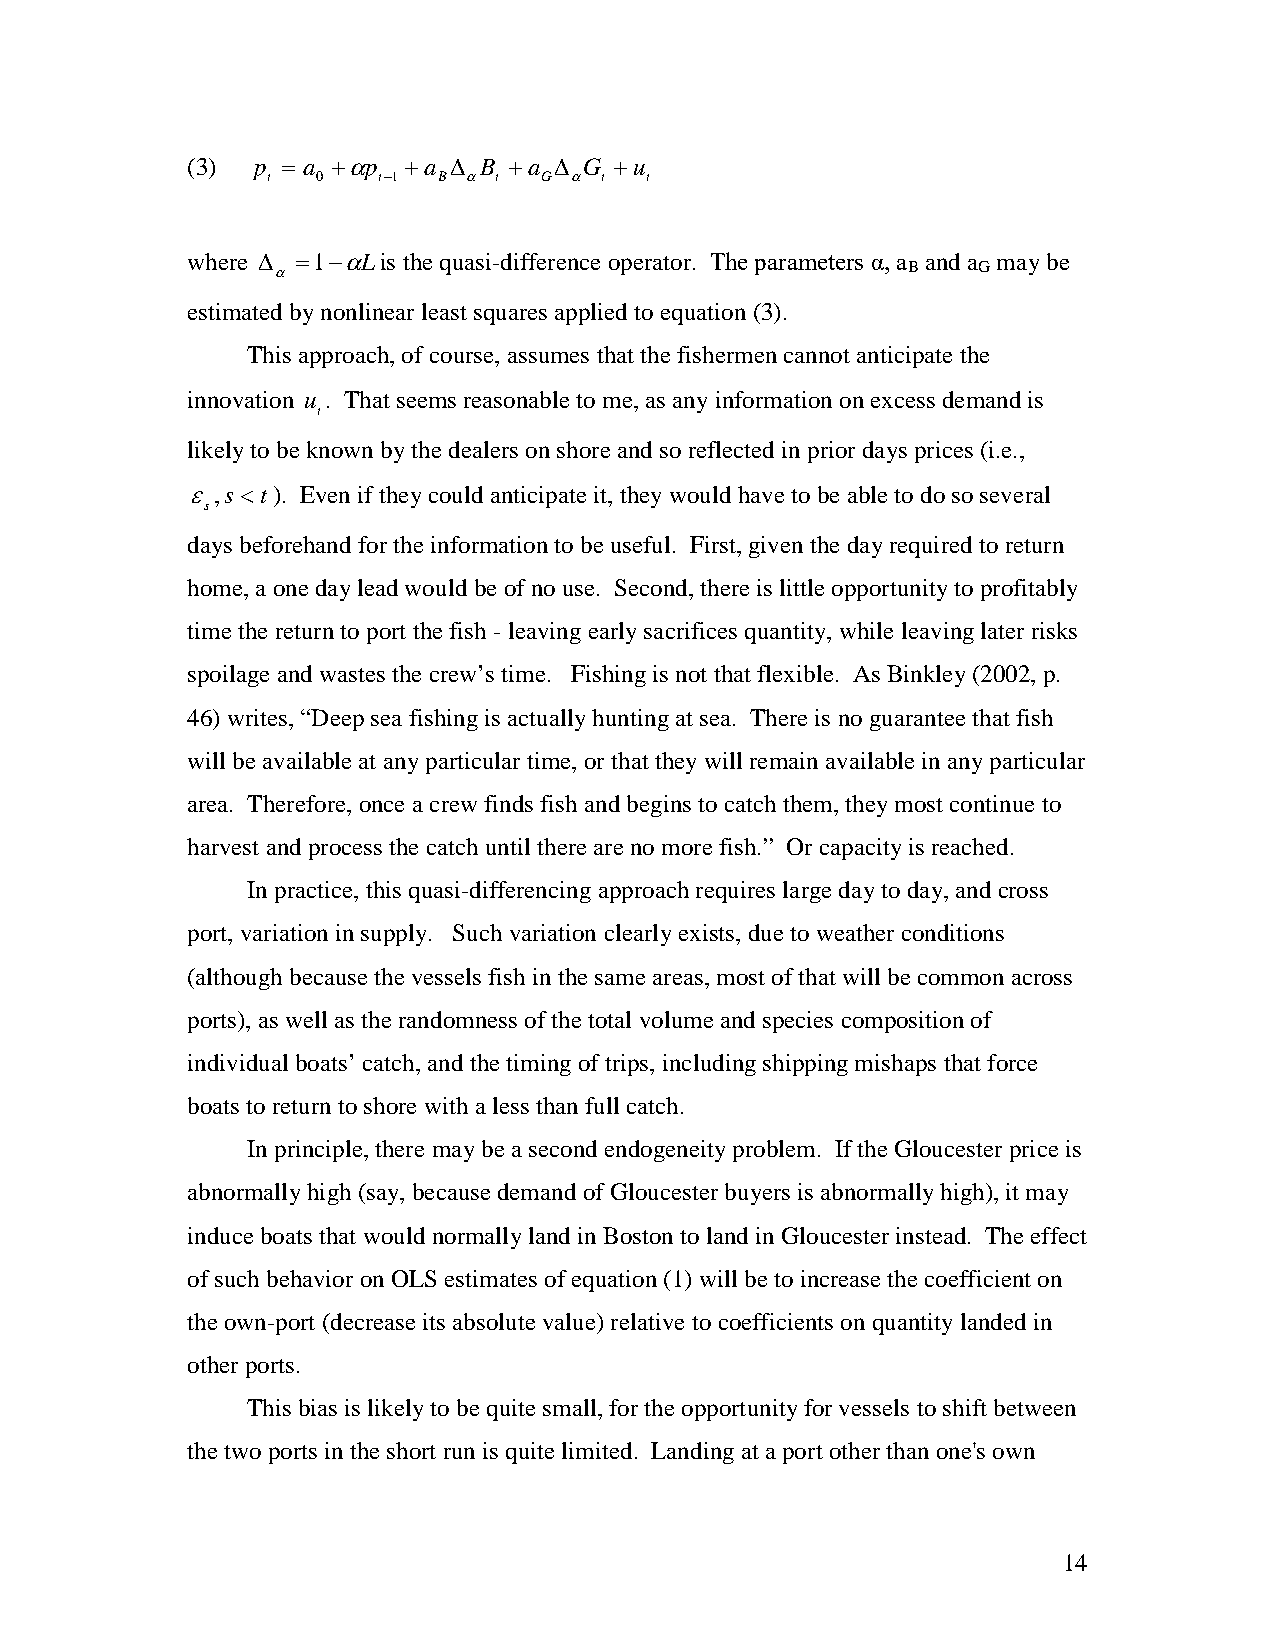
(3)  p = a +αp +a ∆ B +a ∆ G +u
 t  0   t−1 B α t  G α t  t
 where ∆ =1−αLis the quasi-difference operator. The parameters α, a and a may be
 α                                         B    G
 estimated by nonlinear least squares applied to equation (3).
 This approach, of course, assumes that the fishermen cannot anticipate the
 innovation u . That seems reasonable to me, as any information on excess demand is
 t
 likely to be known by the dealers on shore and so reflected in prior days prices (i.e.,
 ε ,s <t). Even if they could anticipate it, they would have to be able to do so several
 s
 days beforehand for the information to be useful. First, given the day required to return
 home, a one day lead would be of no use. Second, there is little opportunity to profitably
 time the return to port the fish - leaving early sacrifices quantity, while leaving later risks
 spoilage and wastes the crew’s time. Fishing is not that flexible. As Binkley (2002, p.
 46) writes, “Deep sea fishing is actually hunting at sea. There is no guarantee that fish
 will be available at any particular time, or that they will remain available in any particular
 area. Therefore, once a crew finds fish and begins to catch them, they most continue to
 harvest and process the catch until there are no more fish.” Or capacity is reached.
 In practice, this quasi-differencing approach requires large day to day, and cross
 port, variation in supply. Such variation clearly exists, due to weather conditions
 (although because the vessels fish in the same areas, most of that will be common across
 ports), as well as the randomness of the total volume and species composition of
 individual boats’ catch, and the timing of trips, including shipping mishaps that force
 boats to return to shore with a less than full catch.
 In principle, there may be a second endogeneity problem. If the Gloucester price is
 abnormally high (say, because demand of Gloucester buyers is abnormally high), it may
 induce boats that would normally land in Boston to land in Gloucester instead. The effect
 of such behavior on OLS estimates of equation (1) will be to increase the coefficient on
 the own-port (decrease its absolute value) relative to coefficients on quantity landed in
 other ports.
 This bias is likely to be quite small, for the opportunity for vessels to shift between
 the two ports in the short run is quite limited. Landing at a port other than one's own
 14